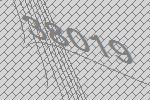
38019